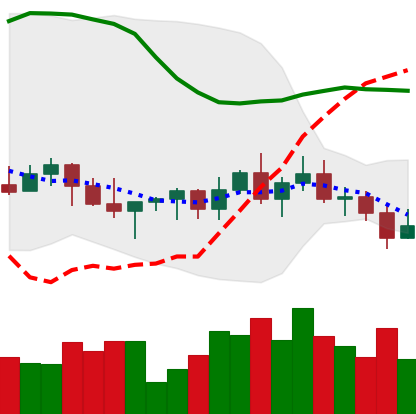
Ticker: XLM-USD
Chart end date: 2022-11-03
Forward return: -8.965%
Label: down_7plus